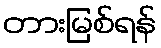
တားမြစ်ရန်